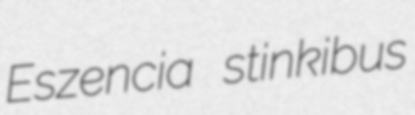
Eszencia stinkibus